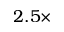
2 . 5 \times